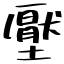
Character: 壓